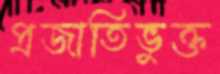
প্রজাতিভুক্ত